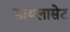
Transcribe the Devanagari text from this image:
डायलासेट